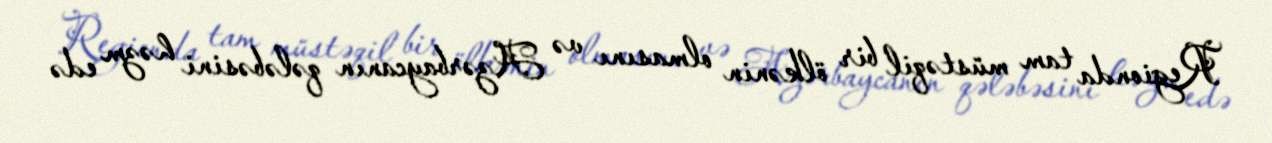
Regionda tam müstəqil bir ölkənin olmasını və Azərbaycanın qələbəsini həzm edə